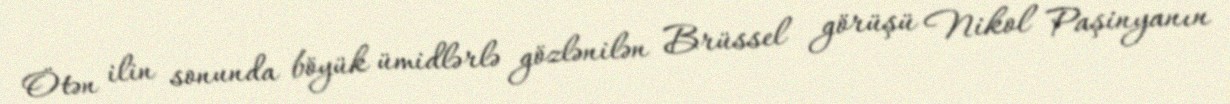
Ötən ilin sonunda böyük ümidlərlə gözlənilən Brüssel görüşü Nikol Paşinyanın